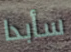
سأبدا